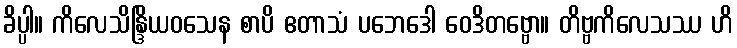
ခိပ္ပါ။ ကိလေသိန္ဒြိယဝသေန စာပိ ဧတာသံ ပဘေဒေါ ဝေဒိတဗ္ဗော။ တိဗ္ဗကိလေသဿ ဟိ